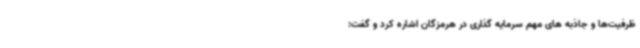
ظرفیت‌ها و جاذبه های مهم سرمایه گذاری در هرمزگان اشاره کرد و گفت: